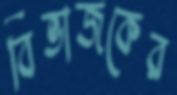
বিভাজকের